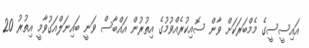
އައިސީސީގެ މެމްބަރަކަށް ވާން ސޮއިކުރެއްވުމުގެ އިތުރުން އައްބާސް ވަނީ ބައިނަލްއަގުވާމީ އިތުރު 20